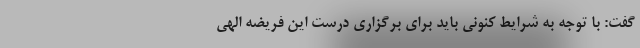
گفت: با توجه به شرایط کنونی باید برای برگزاری درست این فریضه الهی